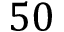
5 0